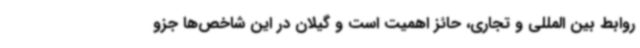
روابط بین المللی و تجاری، حائز اهمیت است و گیلان در این شاخص‌ها جزو